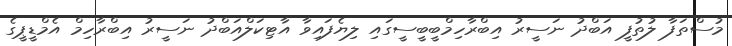
މުސްތަފާ ލުތުފީ އަބްދު ނަސީރު އިބްރާހިމްބީބީސީގައި ލިޔެފައިވާ އާޓިކަލްއަބްދު ނަސީރު އިބްރާހިމް އެމްޑީޕީގެ